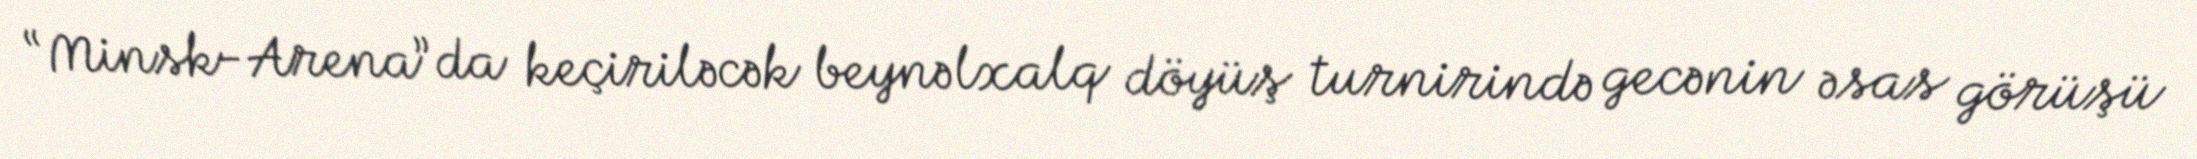
“Minsk-Arena”da keçiriləcək beynəlxalq döyüş turnirində gecənin əsas görüşü